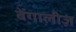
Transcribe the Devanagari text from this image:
बेंगालीज़